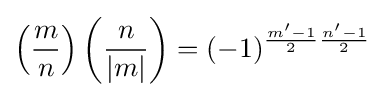
\left({\frac {m}{n}}\right)\left({\frac {n}{|m|}}\right)=(-1)^{{\frac {m'-1}{2}}{\frac {n'-1}{2}}}